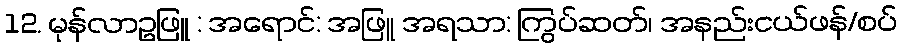
12. မုန်လာဥဖြူ : အရောင်: အဖြူ အရသာ: ကြွပ်ဆတ်၊ အနည်းငယ်ဖန်/စပ်